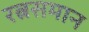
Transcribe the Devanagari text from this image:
रत्नसमान